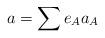
LaTeX: \begin{align*}a=\sum e_{A}a_{A} \end{align*}